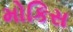
મોકિસ